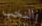
النخب